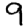
Digit: 9